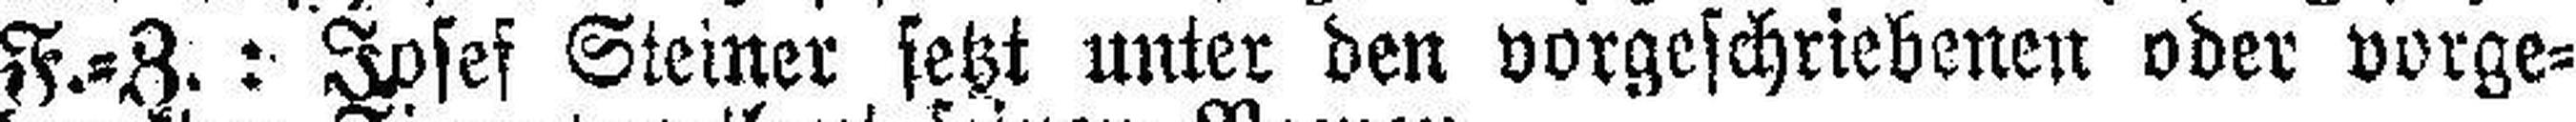
F.=Z.: Josef Steiner setzt unter den vorgeschriebenen oder vorge¬